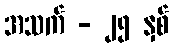
အသက် - ၂၅ နှစ်